Leaving Certificate Examination (including Day School Certificate (Higher) General paper), 1932
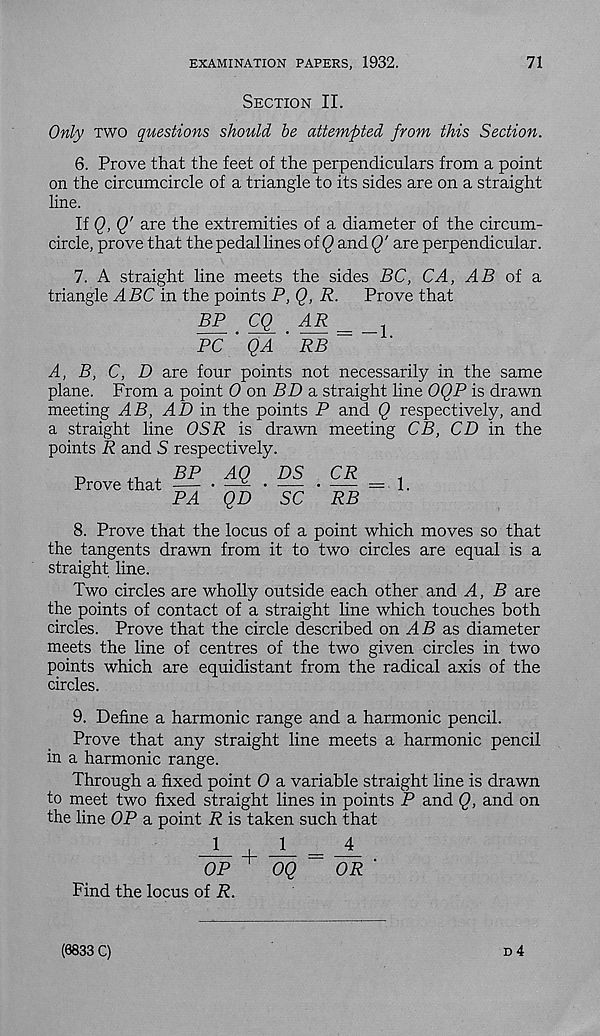
EXAMINATION PAPERS, 1932.
71
Section II.
Only two questions should be attempted from this Section.
6. Prove that the feet of the perpendiculars from a point
on the circumcircle of a triangle to its sides are on a straight
line.
If Q, Q' are the extremities of a diameter of the circum-
circle, prove that thepedallines of () and()' are perpendicular.
7. A straight line meets the sides BC, CA, AB of a.
triangle ABC in the points P, Q, R.
Prove that
BP CQ
AR _
1
PC ' QA ' RB ~
A, B, C, D are four points not necessarily in the same
plane. From a point 0 on PZ) a straight line OQP is drawn
meeting AB, AP in the points P and Q respectively, and
a straight line OSR is drawn meeting CB, CD in the
points R and S respectively.
Prove that
BP
PA
AQ
QD
DS
SC
CR
RB
- 1.
8. Prove that the locus of a point which moves so that
the tangents drawn from it to two circles are equal is a
straight line.
Two circles are wholly outside each other and A, B are
the points of contact of a straight line which touches both
circles. Prove that the circle described on AB as diameter
meets the line of centres of the two given circles in two
points which are equidistant from the radical axis of the
circles.
9. Define a harmonic range and a harmonic pencil.
Prove that any straight line meets a harmonic pencil
in a harmonic range.
Through a fixed point 0 a variable straight line is drawn
to meet two fixed straight lines in points P and Q, and on
the line OP a point R is taken such that
OP
OQ
OR'
Find the locus of R.
D 4
(9833 C)